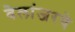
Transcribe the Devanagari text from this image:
बेलांजरचे